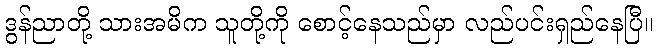
ဒွန်ညာတို့ သားအမိက သူတို့ကို စောင့်နေသည်မှာ လည်ပင်းရှည်နေပြီ။